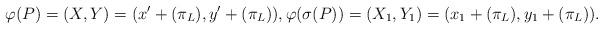
LaTeX: \begin{align*} \varphi(P) = (X,Y) = (x' + (\pi_L), y' + (\pi_L)), \varphi(\sigma(P)) = (X_1,Y_1) = (x_1 + (\pi_L), y_1 + (\pi_L)).\end{align*}